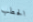
الحطب